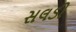
સલડી